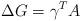
LaTeX: \begin{align*}\Delta G = \gamma^T A\end{align*}